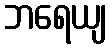
ဘရေယျ